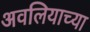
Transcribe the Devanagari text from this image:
अवलियाच्या